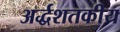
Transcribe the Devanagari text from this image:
अर्द्धशतकीय